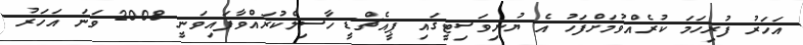
އަހަރު ފުރިހަމަ ކުރެއްވުމަށްފަހު އެ ޔުނިވަސިޓީގައި ޕީއެޗްޑީ ހާަސިލްކުރައްވާފައިވަނީ 2008 ވަނަ އަހަރު